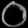
Digit: ၀